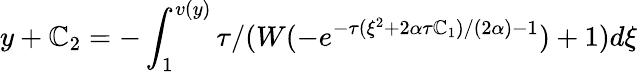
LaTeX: y+\mathbb{C}_{2}=-\int_{1}^{v(y)}\tau/(W(-e^{-\tau(\xi^{2}+2\alpha\tau\mathbb{C}_{1})/(2\alpha)-1})+1)d\xi